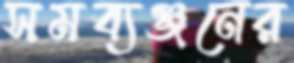
সমব্যঞ্জনের